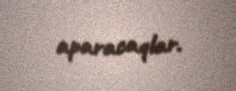
aparacaqlar.